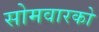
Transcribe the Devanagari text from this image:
सोमवारको